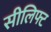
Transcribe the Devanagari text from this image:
सीलिफ्ट